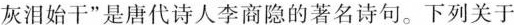
灰泪始干”是唐代诗人李商隐的著名诗句。下列关于